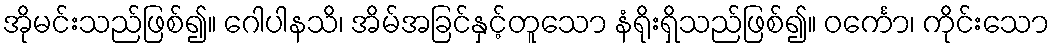
အိုမင်းသည်ဖြစ်၍။ ဂေါပါနသိ၊ အိမ်အခြင်နှင့်တူသော နံရိုးရှိသည်ဖြစ်၍။ ဝင်္ကော၊ ကိုင်းသော